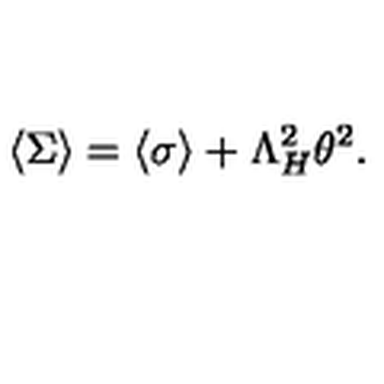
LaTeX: \langle \Sigma \rangle = \langle \sigma \rangle + \Lambda _ { H } ^ { 2 } \theta ^ { 2 } .